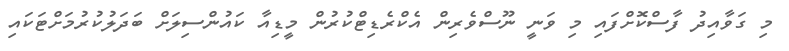
މި ގަވާއިދު ފާސްކޮށްފައި މި ވަނީ ނޫސްވެރިން އެކްރެޑިޓްކުރުން މީޑިއާ ކައުންސިލަށް ބަދަލުކުރުމަށްޓަކައި